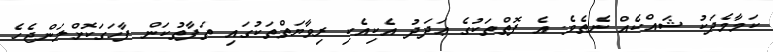
ކަމާމެދަކު ޝައްކެއް ނެތެވެ. އެ ފޮތްތަކުގެ ޢަދަދު އެކިއެކި ރިވާޔަތްތަކުގައި ތަފާތުކަން ފާހަގަކޮށްލަންޖެހެ